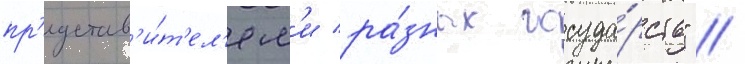
пр'едстав'и́т'ел'ям'и ра́зных госуда́рств" //